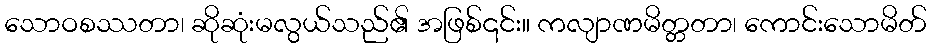
သောဝစဿတာ၊ ဆိုဆုံးမလွယ်သည်၏ အဖြစ်၎င်း။ ကလျာဏမိတ္တတာ၊ ကောင်းသောမိတ်